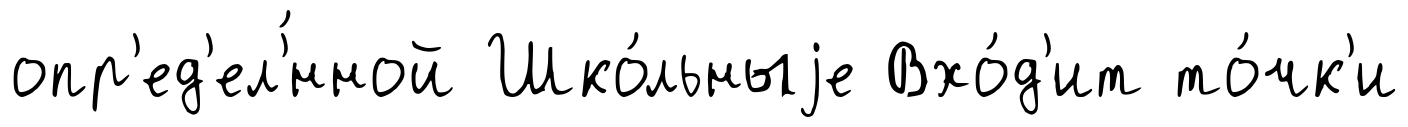
опр'ед'ел'́нной Шко́льныjе Вхо́д'ит то́чк'и